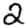
Digit: 2